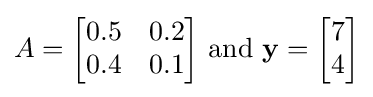
A={\begin{bmatrix}0.5&0.2\\0.4&0.1\end{bmatrix}}{\text{ and }}\mathbf {y} ={\begin{bmatrix}7\\4\end{bmatrix}}